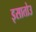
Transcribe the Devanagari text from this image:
इसातोउ